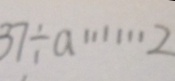
3 7 \div a \cdots 2